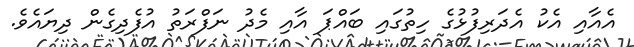
އެއާއި އެކު އެދަރިފުޅުގެ ހިތުގައި ބައްޕަ އާއި މެދު ނަފްރަތު އުފެދިގެން ދިޔައެވެ.